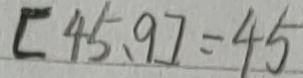
[ 4 5 . 9 ] = 4 5